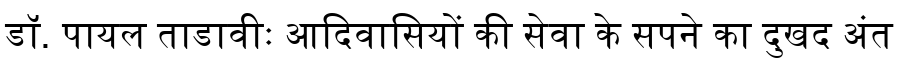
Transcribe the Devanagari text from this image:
डॉ. पायल ताडावीः आदिवासियों की सेवा के सपने का दुखद अंत